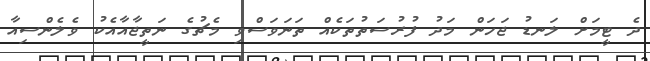
ދެ ޓީމަށް ލަނޑު ޖަހަން މަދު ފުރުސަތުތަކެއް ތަނަވަސްވި މެޗުގެ ނަތީޖާއާއެކު ވެލެންސިއާ